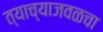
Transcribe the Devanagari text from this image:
त्याच्याजवळचा